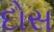
દોસ